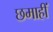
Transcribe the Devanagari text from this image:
छमाहीं